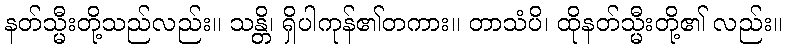
နတ်သ္မီးတို့သည်လည်း။ သန္တိ၊ ရှိပါကုန်၏တကား။ တာသံပိ၊ ထိုနတ်သ္မီးတို့၏ လည်း။